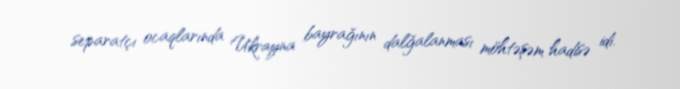
separatçı ocaqlarında Ukrayna bayrağının dalğalanması möhtəşəm hadisə idi.